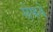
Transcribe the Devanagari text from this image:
सेफवे